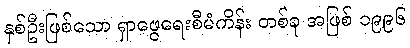
နှစ်ဦးဖြစ်သော ရှာဖွေရေးစီမံကိန်း တစ်ခု အဖြစ် ၁၉၉၆